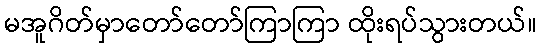
မအူဂိတ်မှာတော်တော်ကြာကြာ ထိုးရပ်သွားတယ်။